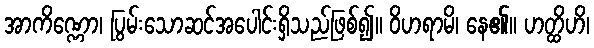
အာကိဏ္ဏော၊ ပြွမ်းသောဆင်အပေါင်းရှိသည်ဖြစ်၍။ ဝိဟရာမိ၊ နေ၏။ ဟတ္ထိဟိ၊